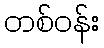
တစ်ဝန်း